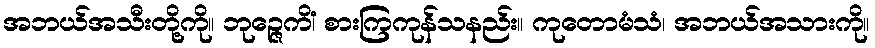
အဘယ်အသီးတို့ကို။ ဘုဉ္ဇေကိံ၊ စားကြကုန်သနည်း။ ကုတောမံသံ၊ အဘယ်အသားကို။